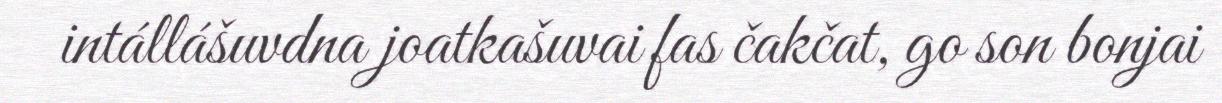
intállášuvdna joatkašuvai fas čakčat, go son bonjai